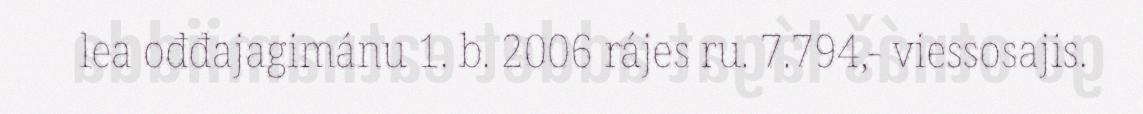
lea ođđajagimánu 1. b. 2006 rájes ru. 7.794,- viessosajis.